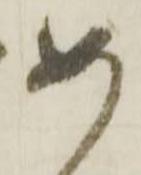
如